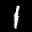
Label: 1